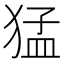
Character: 猛